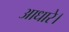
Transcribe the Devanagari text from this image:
आधारे।